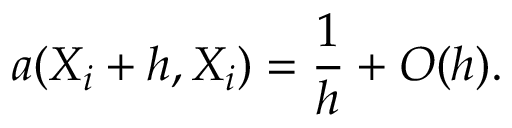
a ( X \sb i + h , X \sb i ) = { \frac { 1 } { h } } + O ( h ) .